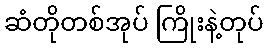
ဆံတိုတစ်အုပ် ကြိုးနဲ့တုပ်